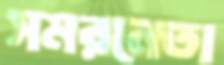
সমরনেতা